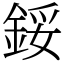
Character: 鋖